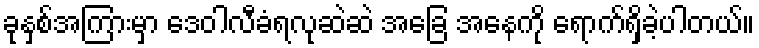
ခုနှစ်အကြားမှာ ဒေဝါလီခံရလုဆဲဆဲ အခြေ အနေကို ရောက်ရှိခဲ့ပါတယ်။